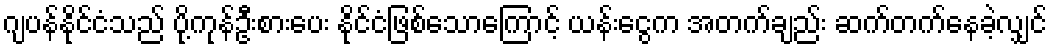
ဂျပန်နိုင်ငံသည် ပို့ကုန်ဦးစားပေး နိုင်ငံဖြစ်သောကြောင့် ယန်းငွေက အတက်ချည်း ဆက်တက်နေခဲ့လျှင်